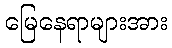
မြေနေရာများအား